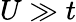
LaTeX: U\gg t